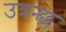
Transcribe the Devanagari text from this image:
उत्रन्छ